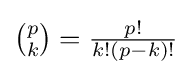
{\tbinom {p}{k}}={\tfrac {p!}{k!(p-k)!}}